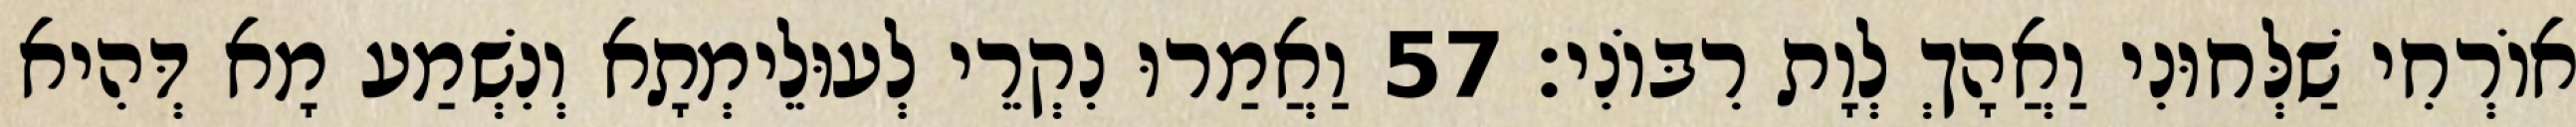
אוֹרְחִי שַׁלְּחוּנִי וַאֲהָךְ לְוָת רִבּוֹנִי׃ 57 וַאֲמַרוּ נִקְרֵי לְעוּלֵימְתָא וְנִשְׁמַע מָא דְּהִיא